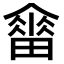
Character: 𤳋